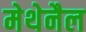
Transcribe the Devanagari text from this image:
मेथेनैल